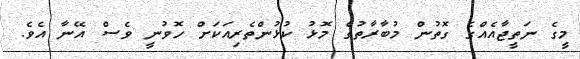
މީގެ ނަތީޖާއެއްގެ ގޮތުން މުބާރާތުގެ މޮޅު ކުޅުންތެރިއަކަށް ހޮވުނީ ވެސް އޭނާ އެވެ.